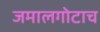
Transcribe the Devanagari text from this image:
जमालगोटाच